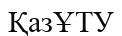
ҚазҰТУ